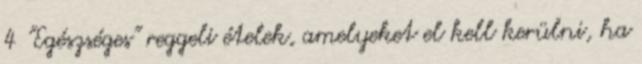
4 "Egészséges" reggeli ételek, amelyeket el kell kerülni, ha